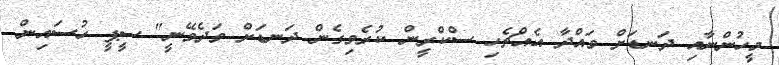
މީހުންނާއި ދަނޑަށް ވައްދާ އެއްޗެހި ސްކްރީން ކުރެވިގެން ދަނޑަށް ވަދެެވޭނީ" ސީޕީ ހުސައިން